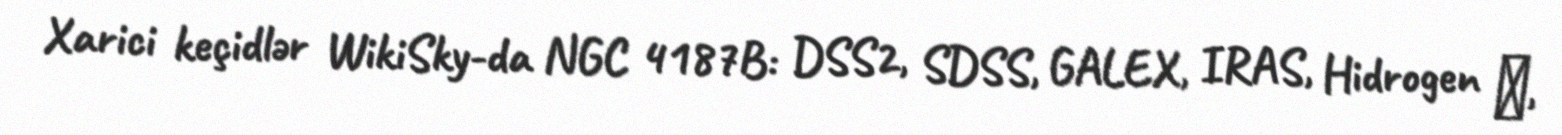
Xarici keçidlər WikiSky-da NGC 4187B: DSS2, SDSS, GALEX, IRAS, Hidrogen α,